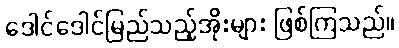
ဒေါင်ဒေါင်မြည်သည့်အိုးများ ဖြစ်ကြသည်။